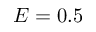
E = 0 . 5